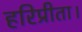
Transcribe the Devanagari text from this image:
हरिप्रीता।